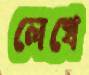
লেখে